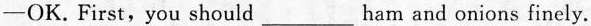
-OK.First, you should ___ ham and onions finely.